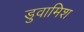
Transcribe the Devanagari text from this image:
डुवामिश